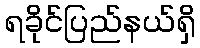
ရခိုင်ပြည်နယ်ရှိ